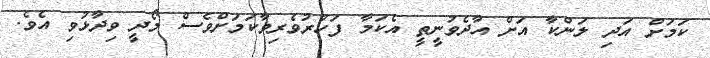
ކަމަށް އަދި ލަންކާ އަށް އާދެވުނީތީ އެކަމާ ފަހުރުވެރިވާކަމަށްވެސް މޯދީ ވިދާޅުވި އެވެ.